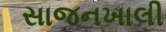
સાજનખાલી